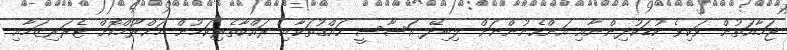
ޖަމާއަތުން ވަކިވެ ކުޑަކުދިންނާއި އަންހެނުންނަށް ލިބިދޭ އަސާސީ ހައްޤުތަކާއި ރައްކާތެރިކަމުން މަޙްރޫމްކޮށް ޓެރަރިޒަމާއި